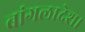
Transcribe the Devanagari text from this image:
बांगलादेश।